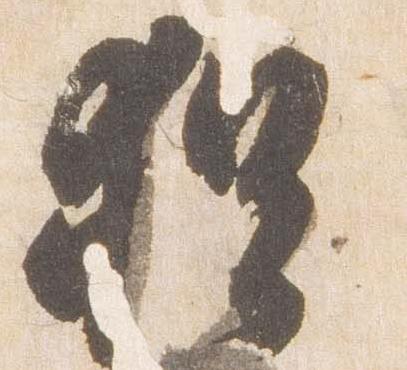
猶